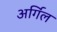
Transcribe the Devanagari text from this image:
अर्गिल